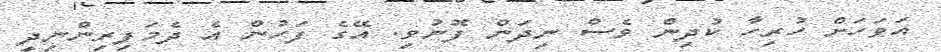
އަވަހަށް ހުރިހާ ކުދިން ވެސް ނިދަން ފޮނުވި. އޭގެ ފަހުން އެ ދެމަފިރިންނިދީ